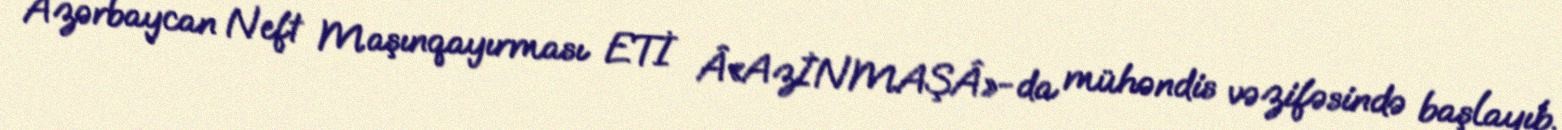
Azərbaycan Neft Maşınqayırması ETİ Â«AzİNMAŞÂ»-da mühəndis vəzifəsində başlayıb.